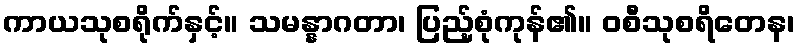
ကာယသုစရိုက်နှင့်။ သမန္နာဂတာ၊ ပြည့်စုံကုန်၏။ ဝစီသုစရိတေန၊